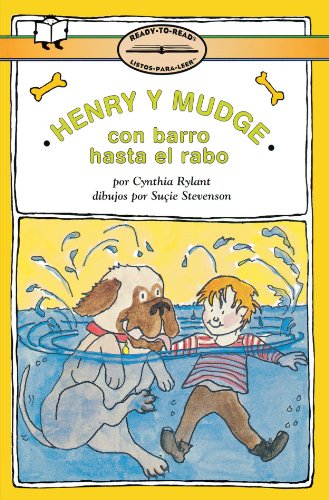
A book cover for Henry y Mudge con Barro Hasta el Rabo: (Henry and Mudge in Puddle Trouble) (Henry & Mudge) (Spanish Edition); Cynthia Rylant; Children's Books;